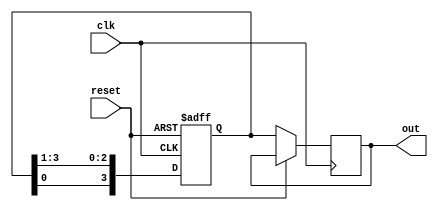
module ringcounter(clk,reset,out);
input clk,reset;
output reg [3:0]out;
reg [3:0]temp;

always @(posedge clk or posedge reset)
begin
if (reset ==1)
	temp <=4'b1000;
else
	begin
	out<=temp;
	temp <= temp>>1;
	temp[3] <= temp[0];
	end
end
endmodule